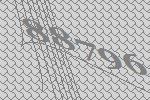
88796